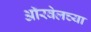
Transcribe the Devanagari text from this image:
ऑरवेलच्या